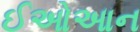
ઈઓઆન